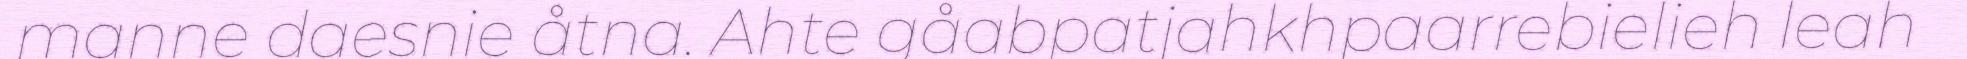
manne daesnie åtna. Ahte gåabpatjahkhpaarrebielieh leah